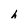
Character: h